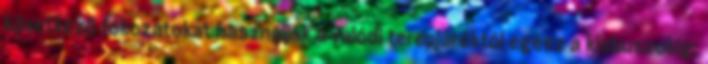
következő fokozatokat használják a valódi terepjáróktól egész a kisbuszokig: